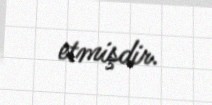
etmişdir.